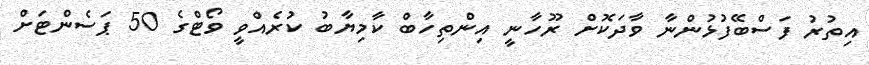
އިތުރު ފަސްބޭފުޅުންނާ ވާދަކޮށް ރޫހާނީ އިންތިހާބް ކާމިޔާބު ކުރެއްވީ ވޯޓްގެ 50 ޕަސެންޓަށް